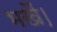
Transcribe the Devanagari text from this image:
भखैं।